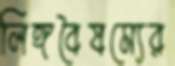
লিঙ্গবৈষম্যের